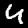
Label: 4